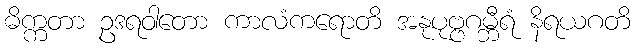
ဓိက္ကတာ ဥဒရဝါတော ကာလံကရောတိ အနုပုဗ္ဗဂမ္ဘီရံ နိရယဂတိ